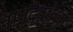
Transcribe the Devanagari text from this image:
नागदेवतेला